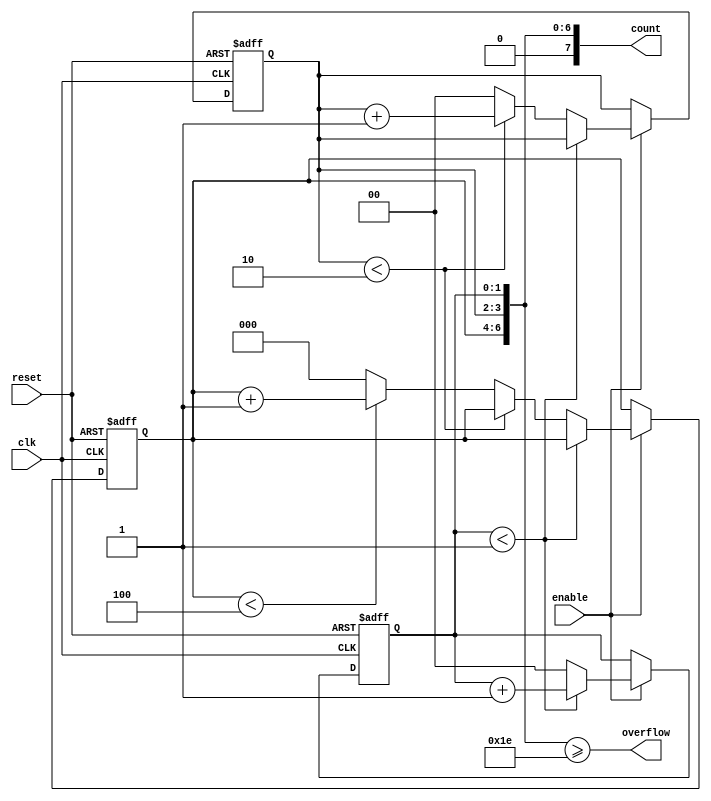
module mixed_radix_counter (
    input wire clk,               // Clock input
    input wire reset,             // Asynchronous reset
    input wire enable,            // Enable signal
    output reg [7:0] count,       // Current count output (adjust width as needed)
    output reg overflow           // Overflow indicator
);

    // Radix configuration for each digit
    localparam RADIX_0 = 2;       // Radix for least significant digit
    localparam RADIX_1 = 3;       // Radix for second digit
    localparam RADIX_2 = 5;       // Radix for most significant digit

    // Maximum count value
    localparam MAX_COUNT = RADIX_0 * RADIX_1 * RADIX_2;

    // Internal registers for each digit
    reg [1:0] digit0; // 2 bits for radix 2
    reg [1:0] digit1; // 2 bits for radix 3
    reg [2:0] digit2; // 3 bits for radix 5

    // Current count representation
    always @(*) begin
        count = {digit2, digit1, digit0}; // Combine digits into count output
    end

    // Overflow logic
    always @(*) begin
        overflow = (count >= MAX_COUNT); // Set overflow if count exceeds max
    end

    // Counter logic
    always @(posedge clk or posedge reset) begin
        if (reset) begin
            // Reset all digits to zero
            digit0 <= 0;
            digit1 <= 0;
            digit2 <= 0;
        end else if (enable) begin
            // Increment the counter
            if (digit0 < RADIX_0 - 1) begin
                digit0 <= digit0 + 1; // Increment least significant digit
            end else begin
                digit0 <= 0; // Reset LSD
                if (digit1 < RADIX_1 - 1) begin
                    digit1 <= digit1 + 1; // Increment second digit
                end else begin
                    digit1 <= 0; // Reset second digit
                    if (digit2 < RADIX_2 - 1) begin
                        digit2 <= digit2 + 1; // Increment most significant digit
                    end else begin
                        digit2 <= 0; // Reset most significant digit
                    end
                end
            end
        end
    end

endmodule